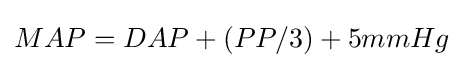
MAP=DAP+(PP/3)+5mmHg